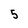
Character: 5